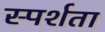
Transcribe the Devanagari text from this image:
स्पर्शता